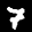
Label: 7